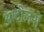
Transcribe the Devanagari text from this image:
आदोलनों